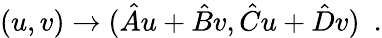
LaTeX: (u,v)\rightarrow({{\hat{A}u+\hat{B}v},{\hat{C}u+\hat{D}v}})\, \, \, .